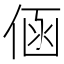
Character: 𮯾